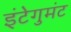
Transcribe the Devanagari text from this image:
इंटेगुमंट